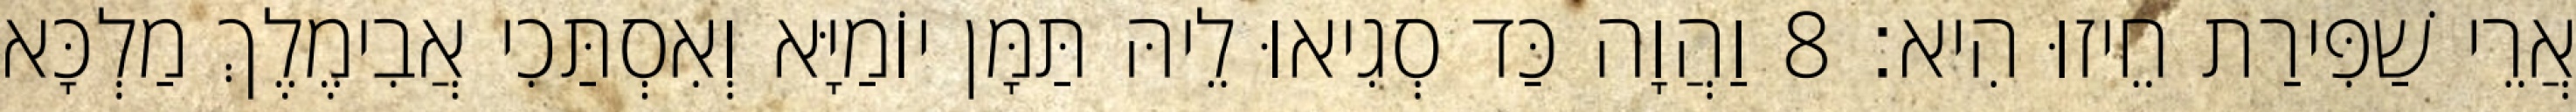
אֲרֵי שַׁפִּירַת חֵיזוּ הִיא׃ 8 וַהֲוָה כַּד סְגִיאוּ לֵיהּ תַּמָּן יוֹמַיָּא וְאִסְתַּכִי אֲבִימֶלֶךְ מַלְכָּא